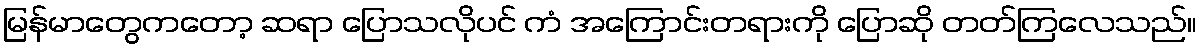
မြန်မာတွေကတော့ ဆရာ ပြောသလိုပင် ကံ အကြောင်းတရားကို ပြောဆို တတ်ကြလေသည်။